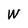
Character: W